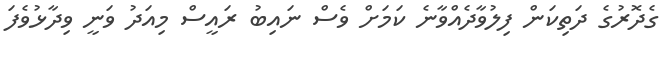
ގެދޮރުގެ ދަތިކަން ފިލުވާދެއްވާނެ ކަމަށް ވެސް ނައިބު ރައީސް މިއަދު ވަނީ ވިދާޅުވެފަ